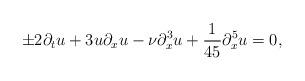
LaTeX: \begin{align*} \pm2 \partial_tu + 3u\partial_xu - \nu \partial^3_xu +\frac{1}{45}\partial^5_xu = 0,\end{align*}